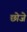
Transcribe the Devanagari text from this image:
छोजे